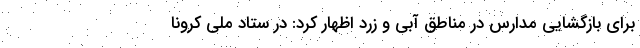
برای بازگشایی مدارس در مناطق آبی و زرد اظهار کرد: در ستاد ملی کرونا